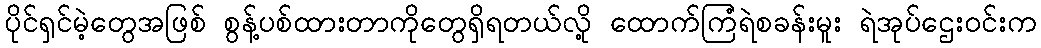
ပိုင်ရှင်မဲ့တွေအဖြစ် စွန့်ပစ်ထားတာကိုတွေရှိရတယ်လို့ ထောက်ကြံရဲစခန်းမူး ရဲအုပ်ဌေးဝင်းက